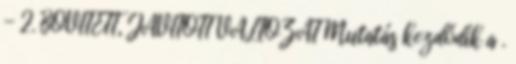
- 2. BŐVÍTETT, JAVÍTOTT VÁLTOZAT Mutatás kezdődik a .